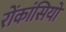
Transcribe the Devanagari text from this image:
रोंकांसियो